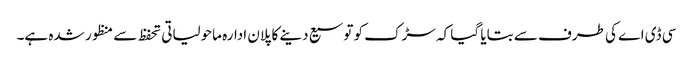
سی ڈی اے کی طرف سے بتایا گیا کہ سڑک کو توسیع دینے کا پلان ادارہ ماحولیاتی تحفظ سے منظور شدہ ہے۔